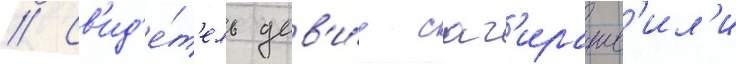
// Св'ид'е́т'ель дав'и́д саг'ирашв'ил'и